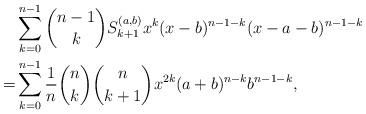
LaTeX: \begin{align*}&\sum_{k=0}^{n-1}\binom{n-1}{k}S_{k+1}^{(a,b)}x^{k}(x-b)^{n-1-k}(x-a-b)^{n-1-k}\\=&\sum_{k=0}^{n-1}\frac{1}{n}\binom{n}{k}\binom{n}{k+1}x^{2k}(a+b)^{n-k}b^{n-1-k},\end{align*}